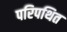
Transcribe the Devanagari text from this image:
परिपथित